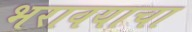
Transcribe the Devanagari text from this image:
भरावयाचा